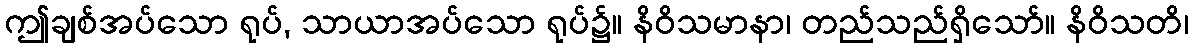
ဤချစ်အပ်သော ရုပ်, သာယာအပ်သော ရုပ်၌။ နိဝိသမာနာ၊ တည်သည်ရှိသော်။ နိဝိသတိ၊